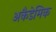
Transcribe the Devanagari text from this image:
अकैडेमिक